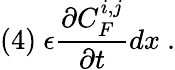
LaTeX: (4)\ \epsilon\frac{\partial C_{F}^{i,j}}{\partial t}dx\ .